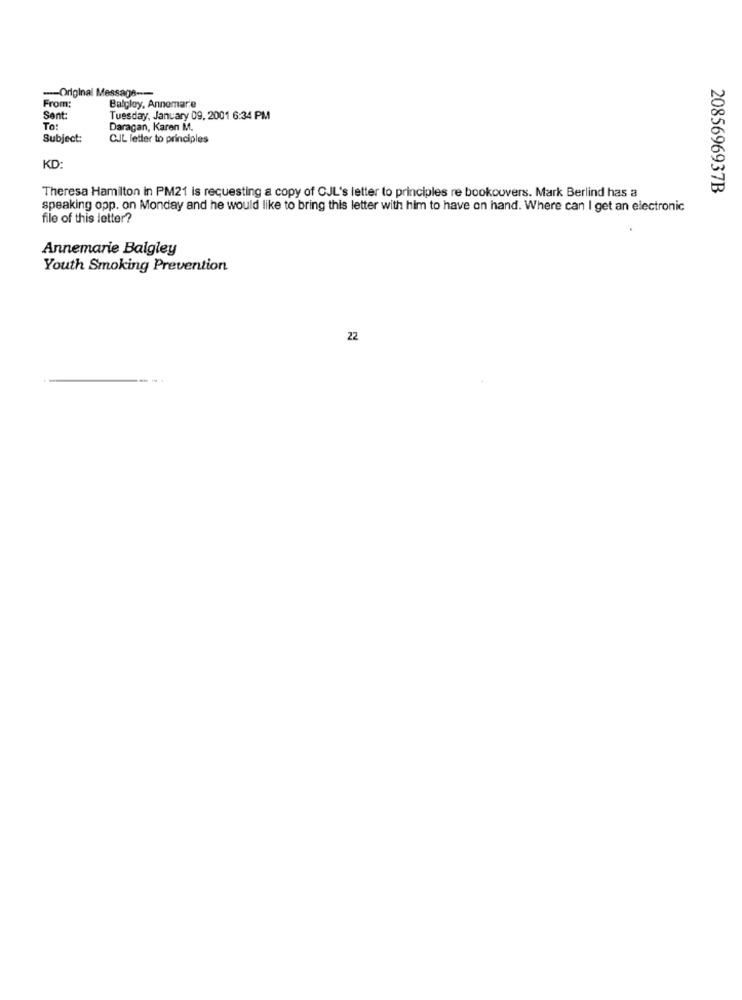
---- Original Message --
From:
Balgley, Annemarie
Sent:
Tuesday, January 09, 2001 6:34 PM
To:
Daragan, Karen M.
Subject:
CIL letter to principles
KD:
2085696937B
Theresa Hamilton in PM21 is requesting a copy of CJL's letter to principles re bookouvers. Mark Berlind has a
speaking opp. on Monday and he would like to bring this letter with him to have on hand. Where can I get an electronic
file of this letter?
Annemarie Balgley
Youth Smoking Prevention
22